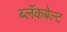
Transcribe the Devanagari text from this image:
ब्लॅकबेल्ट